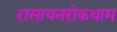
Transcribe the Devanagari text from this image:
रासायनरोकथाम